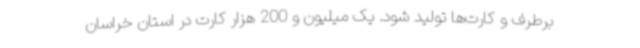
برطرف و کارت‌ها تولید شود. یک میلیون و 200 هزار کارت در استان خراسان